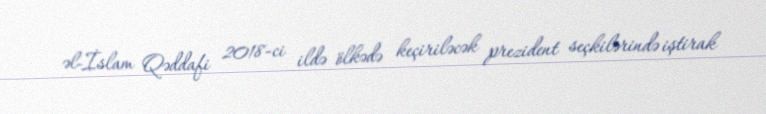
əl-İslam Qəddafi 2018-ci ildə ölkədə keçiriləcək prezident seçkilərində iştirak